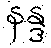
နန္ဒ